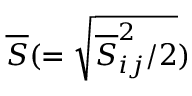
\overline { { S } } ( = \sqrt { { \overline { { \cal { S } } } } _ { i j } ^ { 2 } / 2 } )